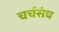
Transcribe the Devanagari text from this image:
चर्चसंघ